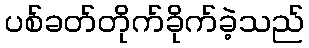
ပစ်ခတ်တိုက်ခိုက်ခဲ့သည်